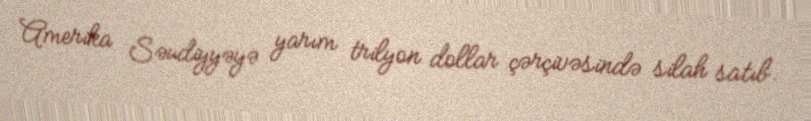
Amerika Səudiyyəyə yarım trilyon dollar çərçivəsində silah satıb.